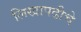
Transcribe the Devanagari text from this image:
लिखापढीचे